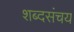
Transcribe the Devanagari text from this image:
शब्दसंचय